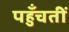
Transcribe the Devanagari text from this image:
पहुँचतीं